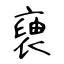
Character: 褏